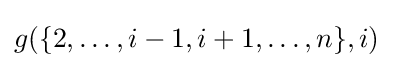
g(\{2,\ldots ,i-1,i+1,\ldots ,n\},i)